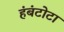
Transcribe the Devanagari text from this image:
हंबंटोटा